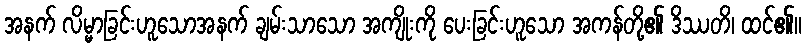
အနက် လိမ္မာခြင်းဟူသောအနက် ချမ်းသာသော အကျိုးကို ပေးခြင်းဟူသော အကန်တို့၏ ဒိဿတိ၊ ထင်၏။